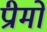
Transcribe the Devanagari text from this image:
प्रीमो